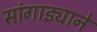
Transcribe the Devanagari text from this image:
सांगाड्याने